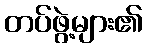
တပ်ဖွဲ့များ၏